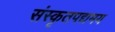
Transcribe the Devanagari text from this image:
संस्कृतपद्यमय